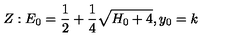
Z : E _ { 0 } = { \frac { 1 } { 2 } } + { \frac { 1 } { 4 } } \sqrt { H _ { 0 } + 4 } , y _ { 0 } = k